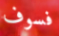
فسوف